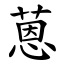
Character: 蒽